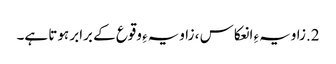
2.زاویہءِ انعکاس ، زاویہءِ وقوع کے برابر ہوتا ہے۔